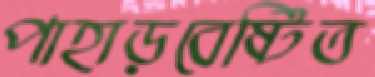
পাহাড়বেষ্টিত